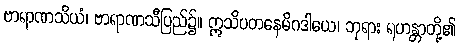
ဗာရာဏသိယံ၊ ဗာရာဏသီပြည်၌။ ဣသိပတနေမိဂဒါယေ၊ ဘုရား ရဟန္တာတို့၏